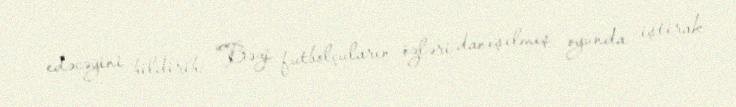
edəcəyini bildirib: "Bəzi futbolçuların özləri danışılmış oyunda iştirak